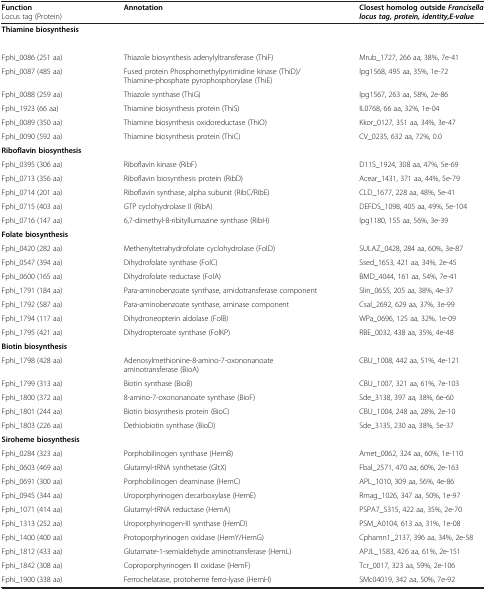
<table><thead><tr><td><b>Function Locus tag (Protein)</b></td><td><b>Annotation</b></td><td><b>Closest homolog outside<i>Francisella locus tag, protein, identity,E-value</i></b></td></tr></thead><tbody><tr><td><b>Thiamine biosynthesis</b></td><td> </td><td> </td></tr><tr><td> </td><td> </td><td> </td></tr><tr><td>Fphi_0086 (251 aa)</td><td>Thiazole biosynthesis adenylyltransferase (ThiF)</td><td>Mrub_1727, 266 aa, 38%, 7e-41</td></tr><tr><td>Fphi_0087 (485 aa)</td><td>Fused protein Phosphomethylpyrimidine kinase (ThiD)/Thiamine-phosphate pyrophosphorylase (ThiE)</td><td>lpg1568, 495 aa, 35%, 1e-72</td></tr><tr><td>Fphi_0088 (259 aa)</td><td>Thiazole synthase (ThiG)</td><td>lpg1567, 263 aa, 58%, 2e-86</td></tr><tr><td>Fphi_1923 (66 aa)</td><td>Thiamine biosynthesis protein (ThiS)</td><td>IL0768, 66 aa, 32%, 1e-04</td></tr><tr><td>Fphi_0089 (350 aa)</td><td>Thiamine biosynthesis oxidoreductase (ThiO)</td><td>Kkor_0127, 351 aa, 34%, 3e-47</td></tr><tr><td>Fphi_0090 (592 aa)</td><td>Thiamine biosynthesis protein (ThiC)</td><td>CV_0235, 632 aa, 72%, 0.0</td></tr><tr><td><b>Riboflavin biosynthesis</b></td><td> </td><td> </td></tr><tr><td>Fphi_0395 (306 aa)</td><td>Riboflavin kinase (RibF)</td><td>D11S_1924, 308 aa, 47%, 5e-69</td></tr><tr><td>Fphi_0713 (356 aa)</td><td>Riboflavin biosynthesis protein (RibD)</td><td>Acear_1431, 371 aa, 44%, 5e-79</td></tr><tr><td>Fphi_0714 (201 aa)</td><td>Riboflavin synthase, alpha subunit (RibC/RibE)</td><td>CLD_1677, 228 aa, 48%, 5e-41</td></tr><tr><td>Fphi_0715 (403 aa)</td><td>GTP cyclohydrolase II (RibA)</td><td>DEFDS_1098, 405 aa, 49%, 5e-104</td></tr><tr><td>Fphi_0716 (147 aa)</td><td>6,7-dimethyl-8-ribityllumazine synthase (RibH)</td><td>lpg1180, 155 aa, 56%, 3e-39</td></tr><tr><td><b>Folate biosynthesis</b></td><td> </td><td> </td></tr><tr><td>Fphi_0420 (282 aa)</td><td>Methenyltetrahydrofolate cyclohydrolase (FolD)</td><td>SULAZ_0428, 284 aa, 60%, 3e-87</td></tr><tr><td>Fphi_0547 (394 aa)</td><td>Dihydrofolate synthase (FolC)</td><td>Ssed_1653, 421 aa, 34%, 2e-45</td></tr><tr><td>Fphi_0600 (165 aa)</td><td>Dihydrofolate reductase (FolA)</td><td>BMD_4044, 161 aa, 54%, 7e-41</td></tr><tr><td>Fphi_1791 (184 aa)</td><td>Para-aminobenzoate synthase, amidotransferase component</td><td>Slin_0655, 205 aa, 38%, 4e-37</td></tr><tr><td>Fphi_1792 (587 aa)</td><td>Para-aminobenzoate synthase, aminase component</td><td>Csal_2692, 629 aa, 37%, 3e-99</td></tr><tr><td>Fphi_1794 (117 aa)</td><td>Dihydroneopterin aldolase (FolB)</td><td>WPa_0696, 125 aa, 32%, 1e-09</td></tr><tr><td>Fphi_1795 (421 aa)</td><td>Dihydropteroate synthase (FolKP)</td><td>RBE_0032, 438 aa, 35%, 4e-48</td></tr><tr><td><b>Biotin biosynthesis</b></td><td> </td><td> </td></tr><tr><td>Fphi_1798 (428 aa)</td><td>Adenosylmethionine-8-amino-7-oxononanoate aminotransferase (BioA)</td><td>CBU_1008, 442 aa, 51%, 4e-121</td></tr><tr><td>Fphi_1799 (313 aa)</td><td>Biotin synthase (BioB)</td><td>CBU_1007, 321 aa, 61%, 7e-103</td></tr><tr><td>Fphi_1800 (372 aa)</td><td>8-amino-7-oxononanoate synthase (BioF)</td><td>Sde_3138, 397 aa, 38%, 6e-60</td></tr><tr><td>Fphi_1801 (244 aa)</td><td>Biotin biosynthesis protein (BioC)</td><td>CBU_1004, 248 aa, 28%, 2e-10</td></tr><tr><td>Fphi_1803 (226 aa)</td><td>Dethiobiotin synthase (BioD)</td><td>Sde_3135, 230 aa, 38%, 5e-37</td></tr><tr><td><b>Siroheme biosynthesis</b></td><td> </td><td> </td></tr><tr><td>Fphi_0284 (323 aa)</td><td>Porphobilinogen synthase (HemB)</td><td>Amet_0062, 324 aa, 60%, 1e-110</td></tr><tr><td>Fphi_0603 (469 aa)</td><td>Glutamyl-tRNA synthetase (GltX)</td><td>Fbal_2571, 470 aa, 60%, 2e-163</td></tr><tr><td>Fphi_0691 (300 aa)</td><td>Porphobilinogen deaminase (HemC)</td><td>APL_1010, 309 aa, 56%, 4e-86</td></tr><tr><td>Fphi_0945 (344 aa)</td><td>Uroporphyrinogen decarboxylase (HemE)</td><td>Rmag_1026, 347 aa, 50%, 1e-97</td></tr><tr><td>Fphi_1071 (414 aa)</td><td>Glutamyl-tRNA reductase (HemA)</td><td>PSPA7_5315, 422 aa, 35%, 2e-70</td></tr><tr><td>Fphi_1313 (252 aa)</td><td>Uroporphyrinogen-III synthase (HemD)</td><td>PSM_A0104, 613 aa, 31%, 1e-08</td></tr><tr><td>Fphi_1400 (400 aa)</td><td>Protoporphyrinogen oxidase (HemY/HemG)</td><td>Cphamn1_2137, 396 aa, 34%, 2e-58</td></tr><tr><td>Fphi_1812 (433 aa)</td><td>Glutamate-1-semialdehyde aminotransferase (HemL)</td><td>APJL_1583, 426 aa, 61%, 2e-151</td></tr><tr><td>Fphi_1842 (308 aa)</td><td>Coproporphyrinogen III oxidase (HemF)</td><td>Tcr_0017, 323 aa, 59%, 2e-106</td></tr><tr><td>Fphi_1900 (338 aa)</td><td>Ferrochelatase, protoheme ferro-lyase (HemH)</td><td>SMc04019, 342 aa, 50%, 7e-92</td></tr></tbody></table>